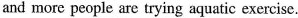
and more people are trying aquatic exercise.